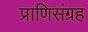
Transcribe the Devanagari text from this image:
प्राणिसंग्रह